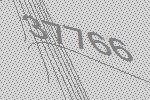
37766